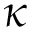
\kappa